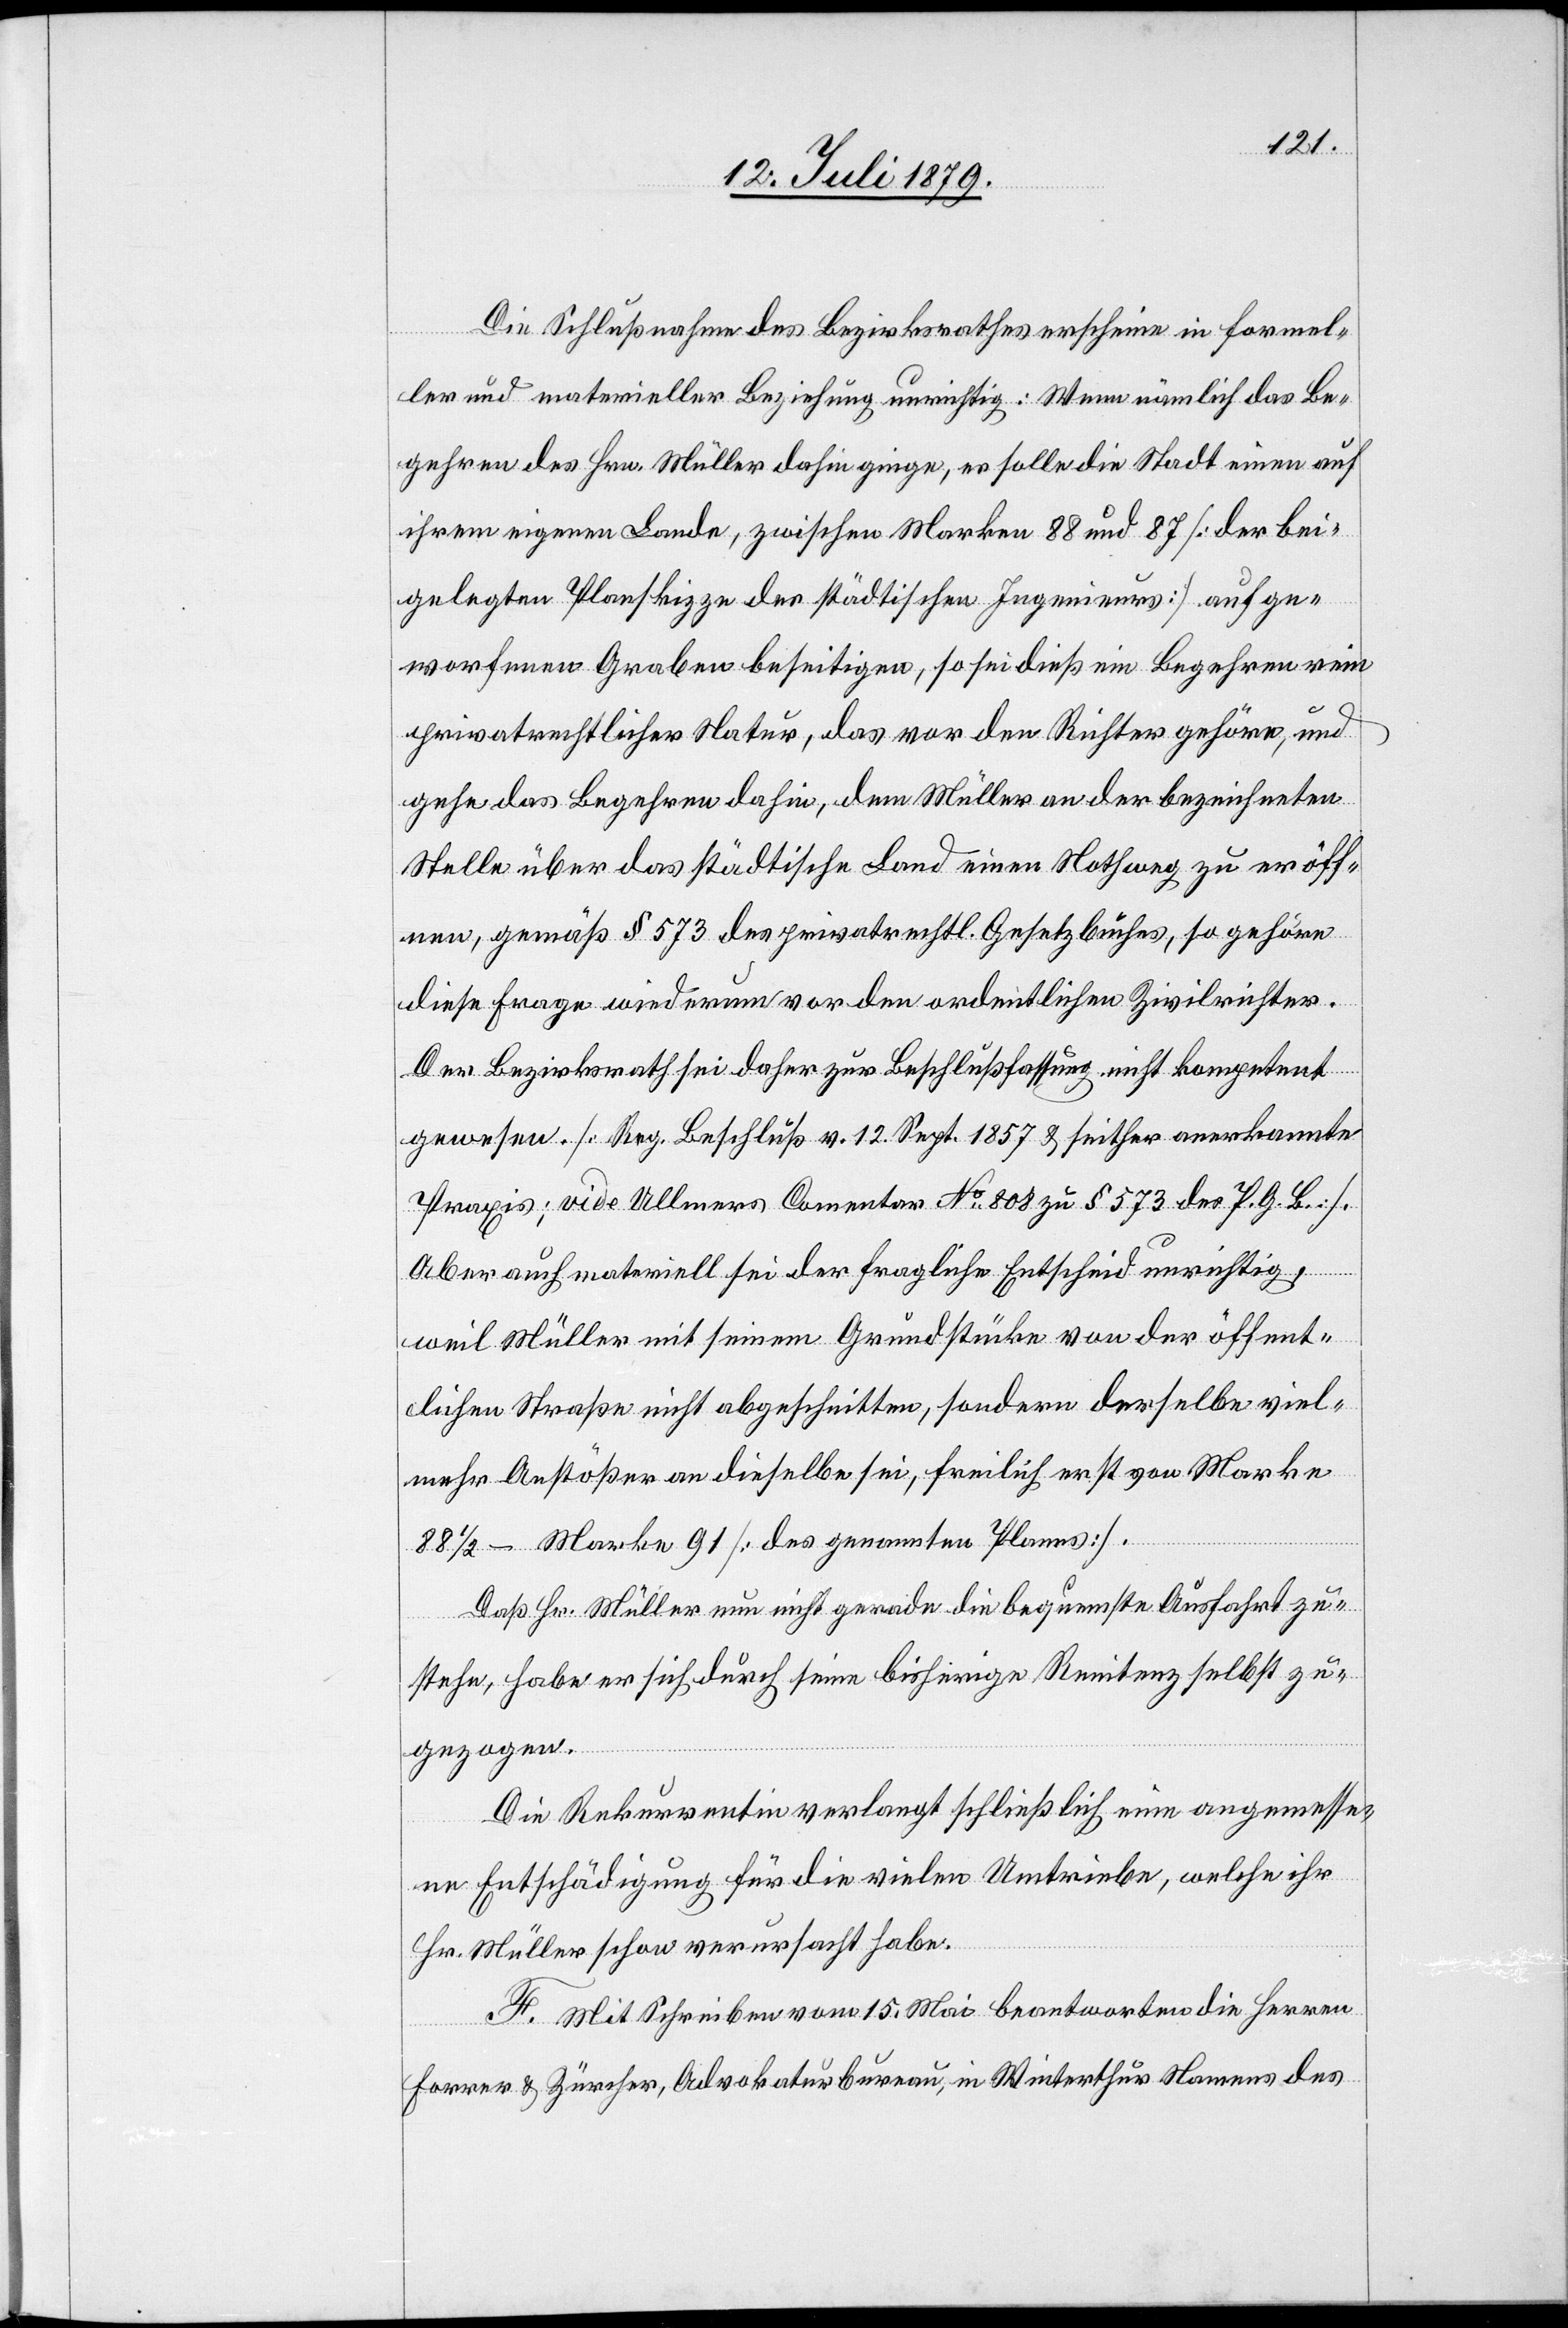
Die Schlußnahme des Bezirksrathes erscheine in formel¬
ler und materieller Beziehung unrichtig: Wenn nämlich das Be¬
gehren des Hrn. Müller dahin ginge, es solle die Stadt einen auf
ihrem eigenen Lande, zwischen Marken 88 und 87 [der bei¬
gelegten Planskizze des städtischen Ingenieurs] aufge¬
worfenen Graben beseitigen, so sei dieß ein Begehren rein
privatrechtlicher Natur, das vor den Richter gehöre, und
gehe das Begehren dahin, dem Müller an der bezeichneten
Stelle über das städtische Land einen Nothweg zu eröff¬
nen, gemäß § 573 des privatrechtl. Gesetzbuches, so gehöre
diese Frage wiederum vor den ordentlichen Zivilrichter.
Der Bezirksrath sei daher zur Beschlußfassung nicht kompetent
gewesen. [Reg. Beschluß v. 12. Sept. 1857 & seither anerkannte
Praxis; vide Ullmers Comentar No 808 zu § 573 des P. G. B.].
Aber auch materiell sei der fragliche Entscheid unrichtig,
weil Müller mit seinem Grundstücke von der öffent¬
lichen Straße nicht abgeschnitten, sondern derselbe viel¬
mehr Anstößer an dieselbe sei, freilich erst von Marke
88 1/2–Marke 91 [des genannten Planes].
Daß Hr. Müller nun nicht gerade die bequemste Ausfahrt zu¬
stehe, habe er sich durch seine bisherige Renitenz selbst zu¬
gezogen.
Die Rekurrentin verlangt schließlich eine angemesse¬
ne Entschädigung für die vielen Umtriebe, welche ihr
Hr. Müller schon verursacht habe.
F. Mit Schreiben vom 15. Mai beantworten die Herren
Forrer & Zürcher, Advokaturbureau, in Winterthur Namens des